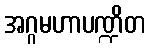
အဂ္ဂမဟာပဏ္ဍိတ